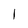
Character: I